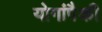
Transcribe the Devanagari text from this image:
योगांपैकी